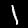
Label: 1